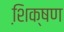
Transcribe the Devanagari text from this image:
शि़क्षण